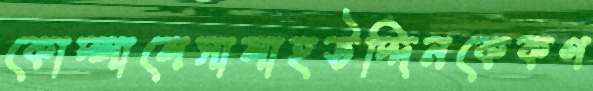
কোদ্‌লালেসালাহউদ্দিনকেকণ